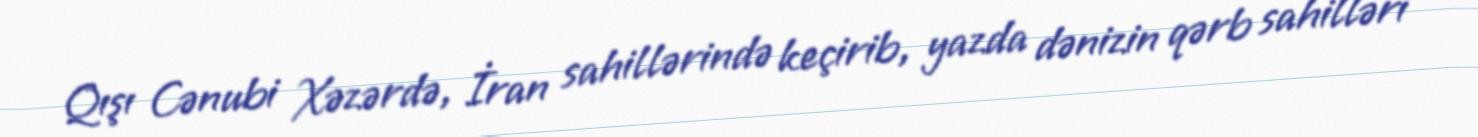
Qışı Cənubi Xəzərdə, İran sahillərində keçirib, yazda dənizin qərb sahilləri